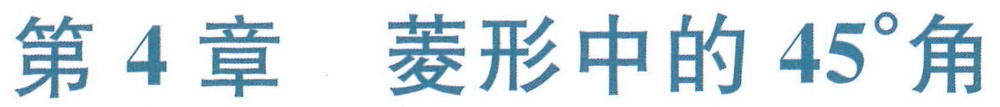
第4章 菱形中的\(45^{\circ}\)角